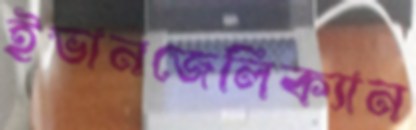
ইভানজেলিক্যান